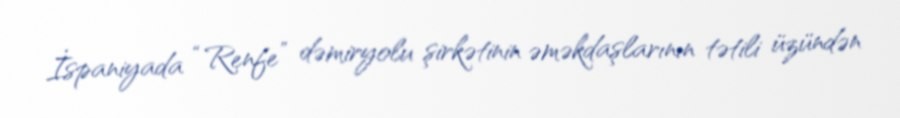
İspaniyada “Renfe” dəmiryolu şirkətinin əməkdaşlarının tətili üzündən